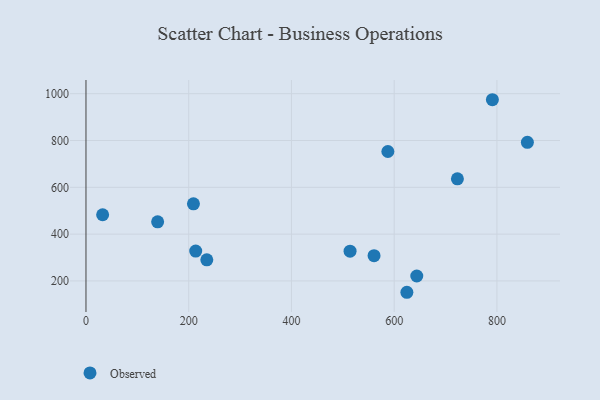
{"axis": {"x": "Price", "y": "Sales"}, "legend": ["Observed"], "data": [{"x": "213.6", "y": 327.5, "type": "Observed"}, {"x": "723.1", "y": 636.3, "type": "Observed"}, {"x": "514.1", "y": 327.3, "type": "Observed"}, {"x": "560.8", "y": 307.8, "type": "Observed"}, {"x": "32.4", "y": 482.8, "type": "Observed"}, {"x": "587.7", "y": 753.1, "type": "Observed"}, {"x": "139.5", "y": 452.7, "type": "Observed"}, {"x": "859.3", "y": 792.3, "type": "Observed"}, {"x": "235.2", "y": 290.1, "type": "Observed"}, {"x": "624.7", "y": 151.6, "type": "Observed"}, {"x": "209.2", "y": 529.3, "type": "Observed"}, {"x": "644.0", "y": 221.2, "type": "Observed"}, {"x": "791.2", "y": 974.2, "type": "Observed"}]}